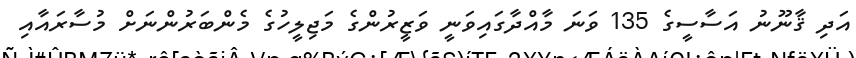
އަދި ޤާނޫނު އަސާސީގެ 135 ވަނަ މާއްދާގައިވަނީ ވަޒީރުންގެ މަޖިލީހުގެ މެންބަރުންނަށް މުސާރައާއި